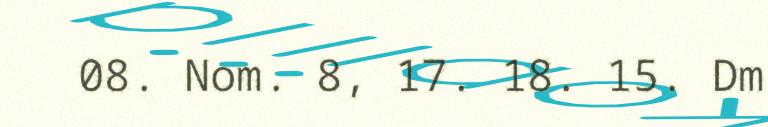
08. Nom. 8, 17. 18. 15. Dm